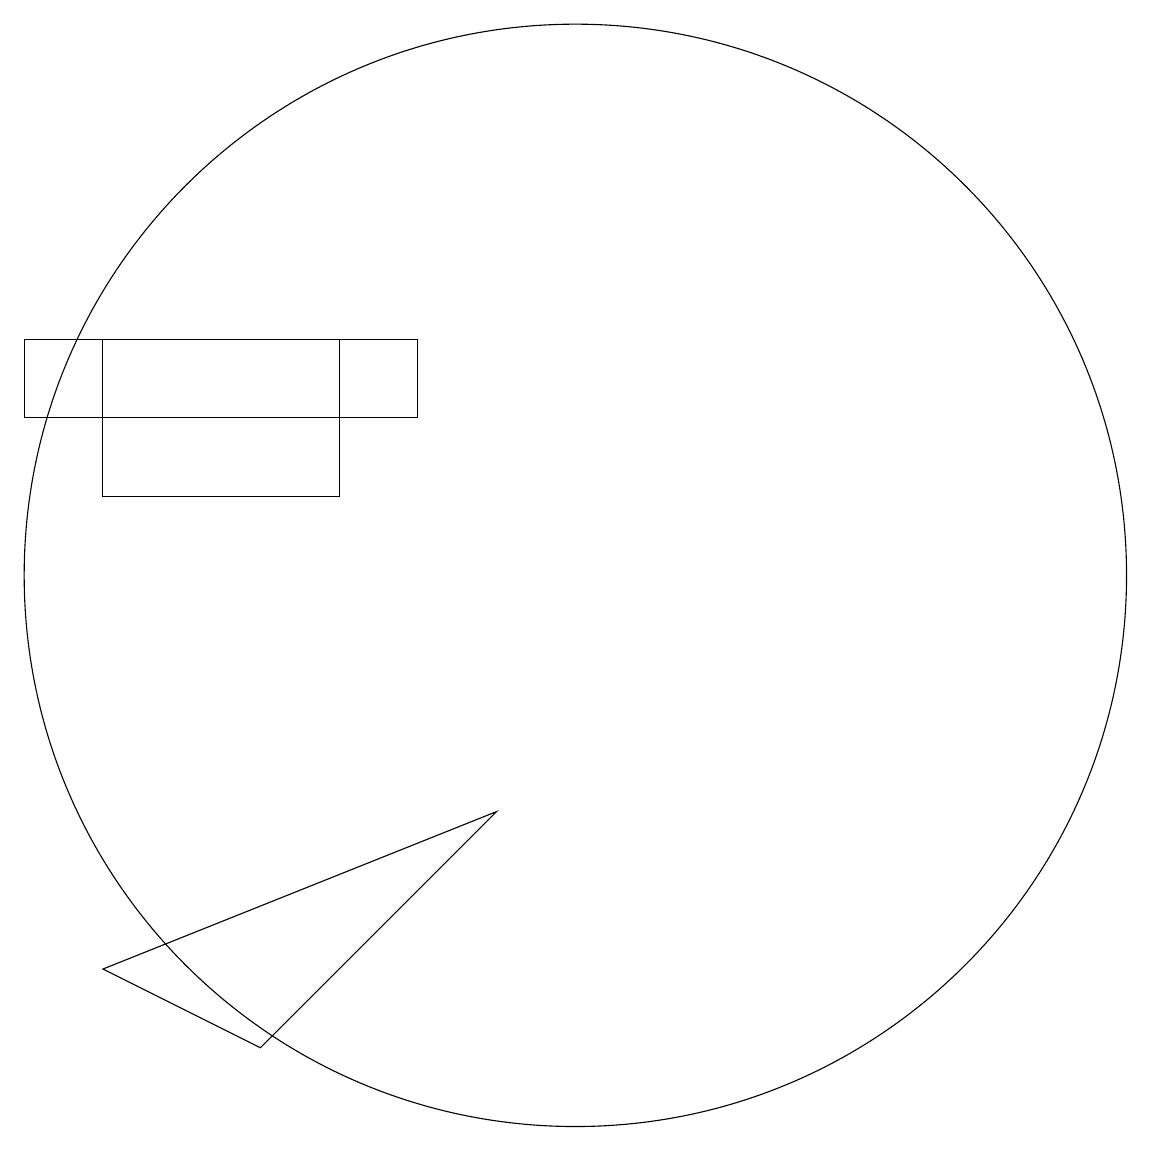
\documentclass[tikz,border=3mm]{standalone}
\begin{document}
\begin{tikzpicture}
\draw (4,12) rectangle (7,14);
\draw (3,13) rectangle (8,14);
\draw (10,11) circle (7);
\draw (6,5) -- (4,6) -- (9,8) -- cycle;
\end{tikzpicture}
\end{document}